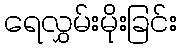
ရေလွှမ်းမိုးခြင်း